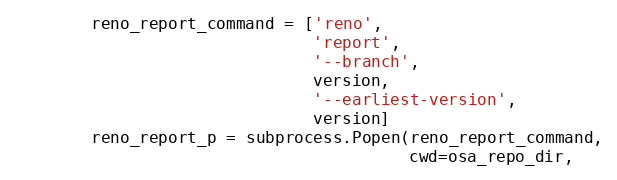
Language: Python
        reno_report_command = ['reno',
                               'report',
                               '--branch',
                               version,
                               '--earliest-version',
                               version]
        reno_report_p = subprocess.Popen(reno_report_command,
                                         cwd=osa_repo_dir,